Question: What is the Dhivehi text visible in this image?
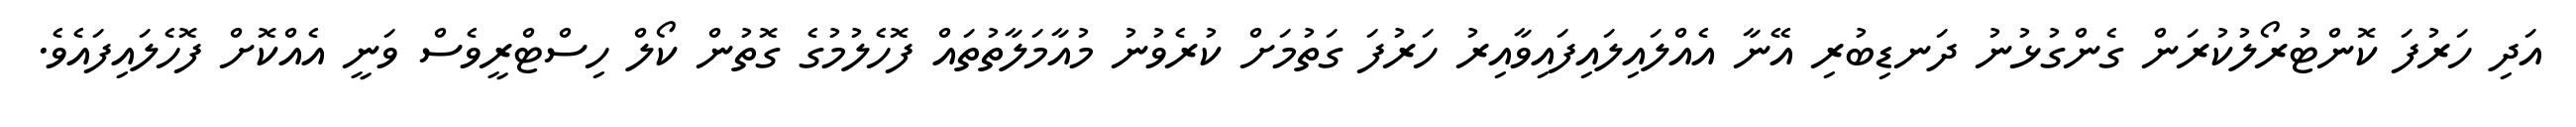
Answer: އަދި ހަރުފަ ކޮންޓުރޯލުކުރަން ގެންގުޅުނު ދަނޑިބުރި އޭނާ އެއްލައިލައިފައިވާއިރު ހަރުފަ ގަތުމަށް ކުރެވުނު މުއާމަލާތުތައް ފޮހެލުމުގެ ގޮތުން ކޯލް ހިސްޓްރީވެސް ވަނީ އެއްކޮށް ފޮހެލައިފައެވެ.